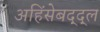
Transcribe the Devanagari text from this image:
अहिंसेबद्द्ल